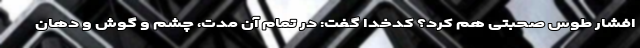
افشار طوس صحبتی هم کرد؟ کدخدا گفت: در تمام آن مدت، چشم و گوش و دهان